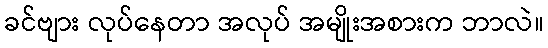
ခင်ဗျား လုပ်နေတာ အလုပ် အမျိုးအစားက ဘာလဲ။